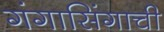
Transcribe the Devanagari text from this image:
गंगासिंगाची